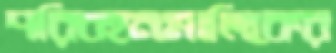
পরিবহনমালিকের